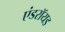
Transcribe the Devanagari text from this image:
एंडराॅयड